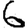
Digit: 6